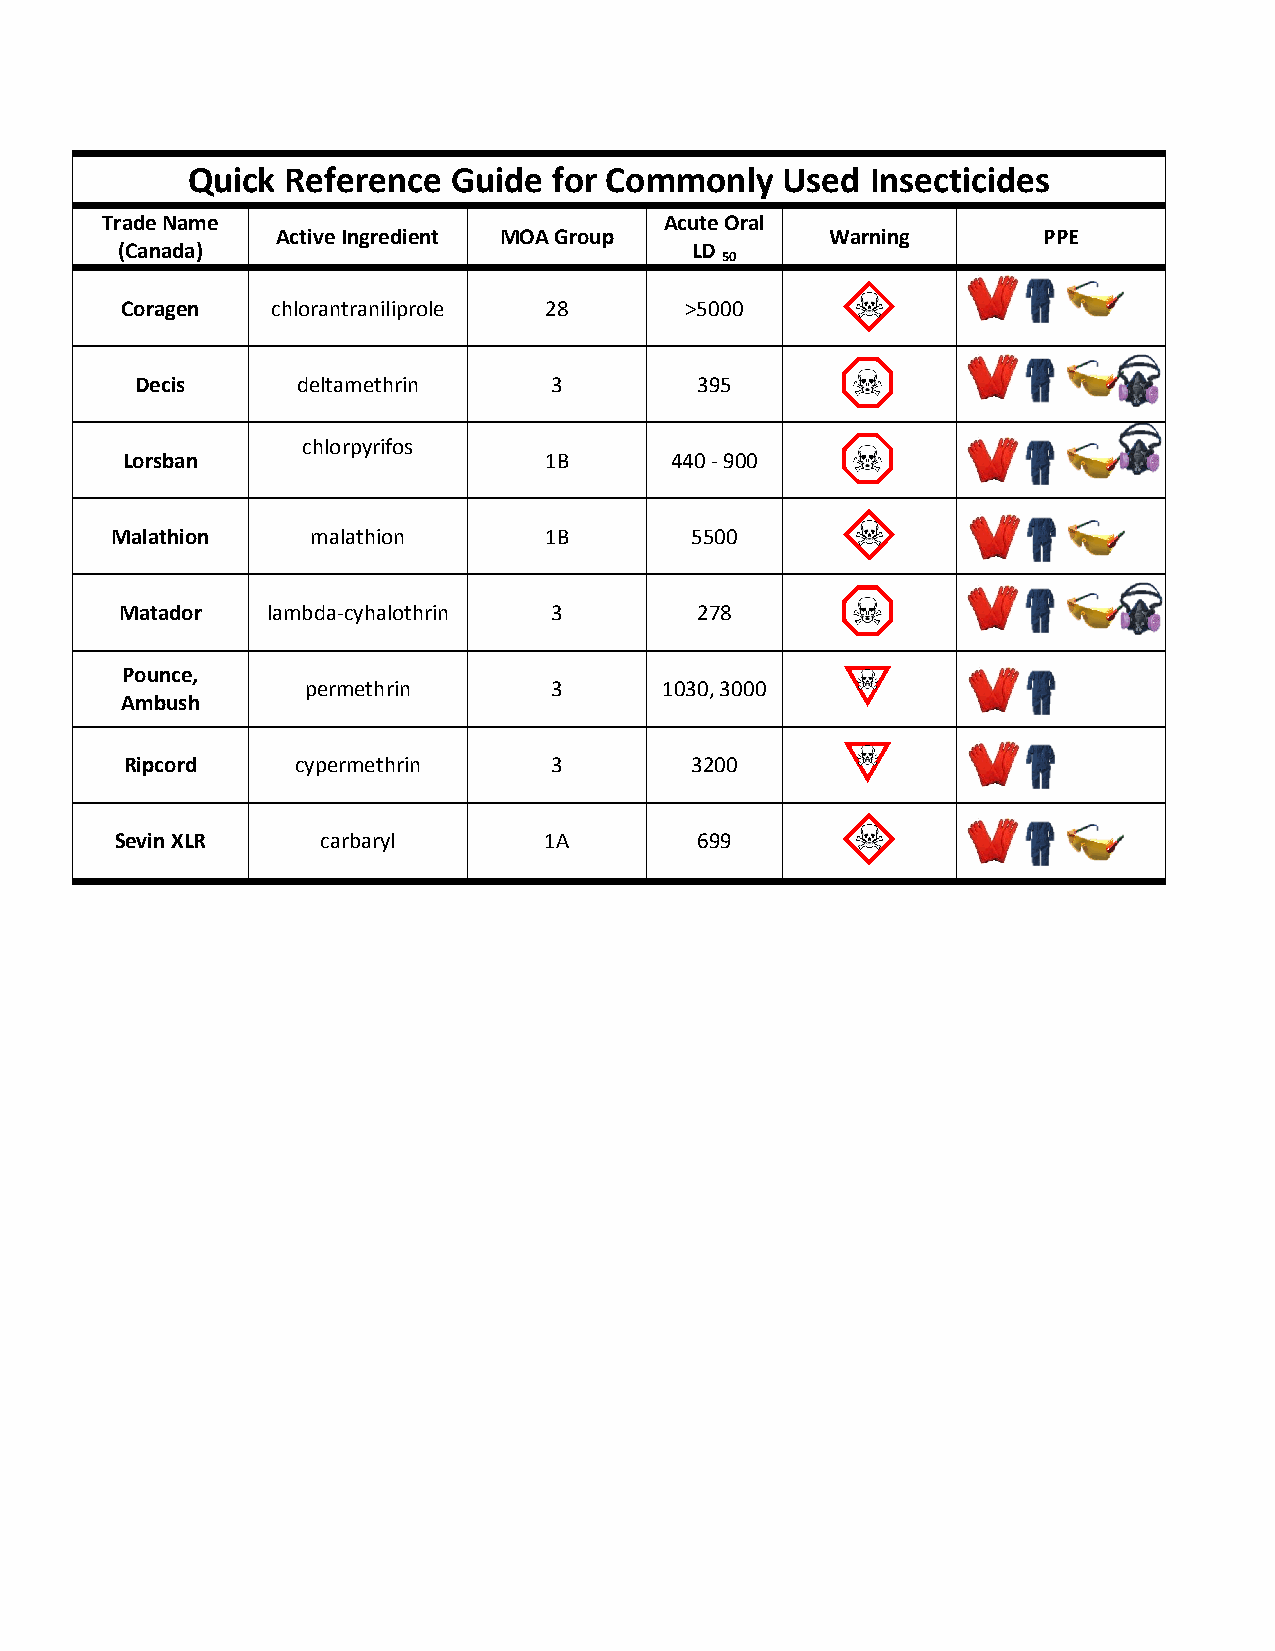
Quick  Reference  Guide  for Commonly   Used  Insecticides
 Trade Name                           Acute Oral
 Active Ingredient MOA Group          Warning       PPE
 (Canada)                              LD
 50
 Coragen   chlorantraniliprole 28     >5000
 Decis      deltamethrin    3         395
 chlorpyrifos
 Lorsban                     1B      440 - 900
 Malathion     malathion      1B        5500
 Matador   lambda-cyhalothrin 3        278
 Pounce,
 permethrin      3       1030, 3000
 Ambush
 Ripcord     cypermethrin    3         3200
 Sevin XLR    carbaryl       1A        699